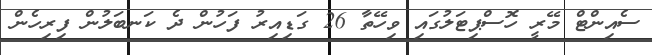
ސެއިންޓް މޭރީ ހޮސްޕިޓަލުގައި ވިހޭތާ 26 ގަޑިއިރު ފަހުން ދެ ކަނބަލުން ފިރިހެން